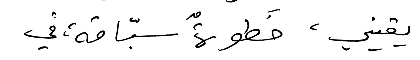
يقيني ، خطوةٌ سبّاقة في